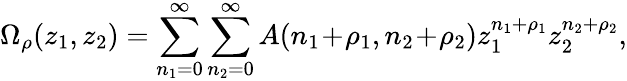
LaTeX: \Omega_{\rho}(z_{1},z_{2})=\sum_{n_{1}=0}^{\infty}\sum_{n_{2}=0}^{\infty}A(n_{1}\! +\! \rho_{1},n_{2}\! +\! \rho_{2})z_{1}^{n_{1}+\rho_{1}}z_{2}^{n_{2}+\rho_{2}},